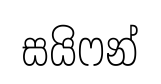
සයිෆන්